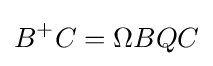
B^{+}C=\Omega BQC